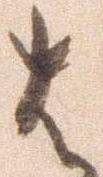
は